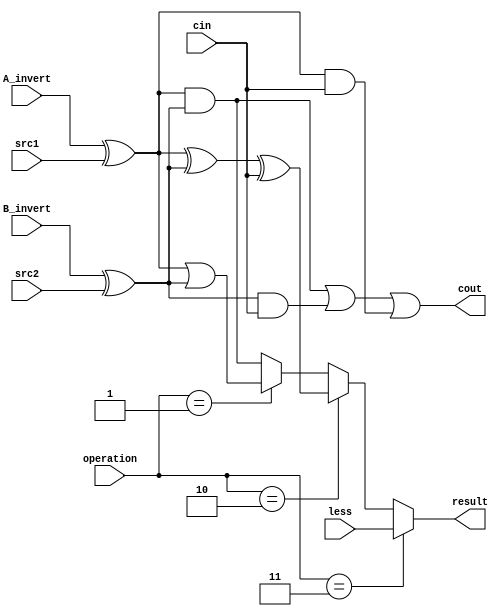
//0810740 Chang Yu-Ren
`timescale 1ns/1ps

//////////////////////////////////////////////////////////////////////////////////
// Company: 
// Engineer: 
// 
// Design Name: 
// Module Name:    alu_top 
// Project Name: 
// Target Devices: 
// Tool versions: 
// Description: 
//
// Dependencies: 
//
// Revision: 
// Revision 0.01 - File Created
// Additional Comments: 
//
//////////////////////////////////////////////////////////////////////////////////

module alu_top(
               // clk,
               src1,       //1 bit source 1 (input)
               src2,       //1 bit source 2 (input)
               less,       //1 bit less     (input)
               A_invert,   //1 bit A_invert (input)
               B_invert,   //1 bit B_invert (input)
               cin,        //1 bit carry in (input)
               operation,  //operation      (input)
                result,     //1 bit result   (output)
               cout       //1 bit carry out(output)
               //,ap
               );
//input clk;
input         src1;
input         src2;
input         less;
input         A_invert;
input         B_invert;
input         cin;
input [2-1:0] operation;
output         result;
output        cout;
//output ap;

wire in1,in2;
assign in1=(A_invert^src1);
assign in2=(B_invert^src2);
assign cout=((in1&in2)|(in2&cin))|(in1&cin);

wire op_less;
assign op_less=less;
wire op_add;
assign op_add=(in1^in2)^cin;
wire op_or;
assign op_or=in1|in2;
wire op_and;
assign op_and=in1&in2;
reg r;

always@(src1 or src2 or operation or op_less or op_add or op_or or op_and  or less )  //operation      (input))
begin
    if(operation==2'b11)
        begin
        //less
        r=op_less;
        end
   
    else if(operation==2'b10)
    begin
        //add
        r=op_add;
    end
    
    else if(operation==2'b01)
    begin
        //or
            r=op_or;//xor 0==>not change xor 1==>invert!
    end
    
    else//2'b00
    begin
        //and
        r=op_and;
    end

end
//assign ap=op_add;
assign result=r;

endmodule